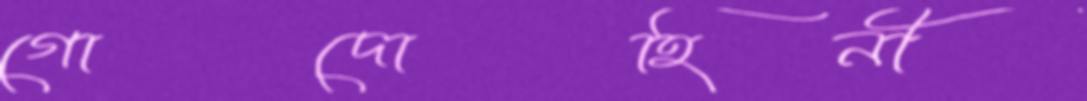
গোদোহিনী